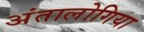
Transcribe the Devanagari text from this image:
अंतालोगिया